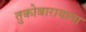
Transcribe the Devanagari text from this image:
तुकोबारायाना